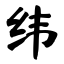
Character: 纬